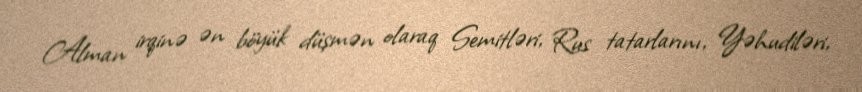
Alman irqinə ən böyük düşmən olaraq Semitləri, Rus tatarlarını, Yəhudiləri,